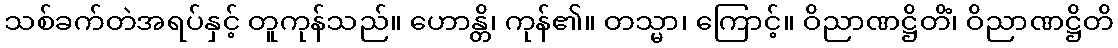
သစ်ခက်တဲအရပ်နှင့် တူကုန်သည်။ ဟောန္တိ၊ ကုန်၏။ တသ္မာ၊ ကြောင့်။ ဝိညာဏဋ္ဌိတိံ၊ ဝိညာဏဋ္ဌိတိ